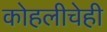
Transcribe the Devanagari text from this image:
कोहलीचेही